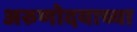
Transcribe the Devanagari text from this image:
अरुणोदयाच्या